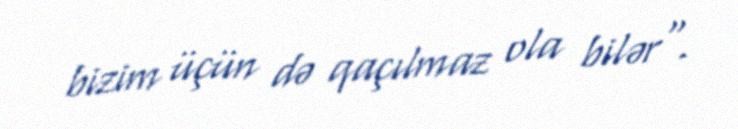
bizim üçün də qaçılmaz ola bilər".